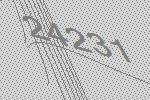
24231